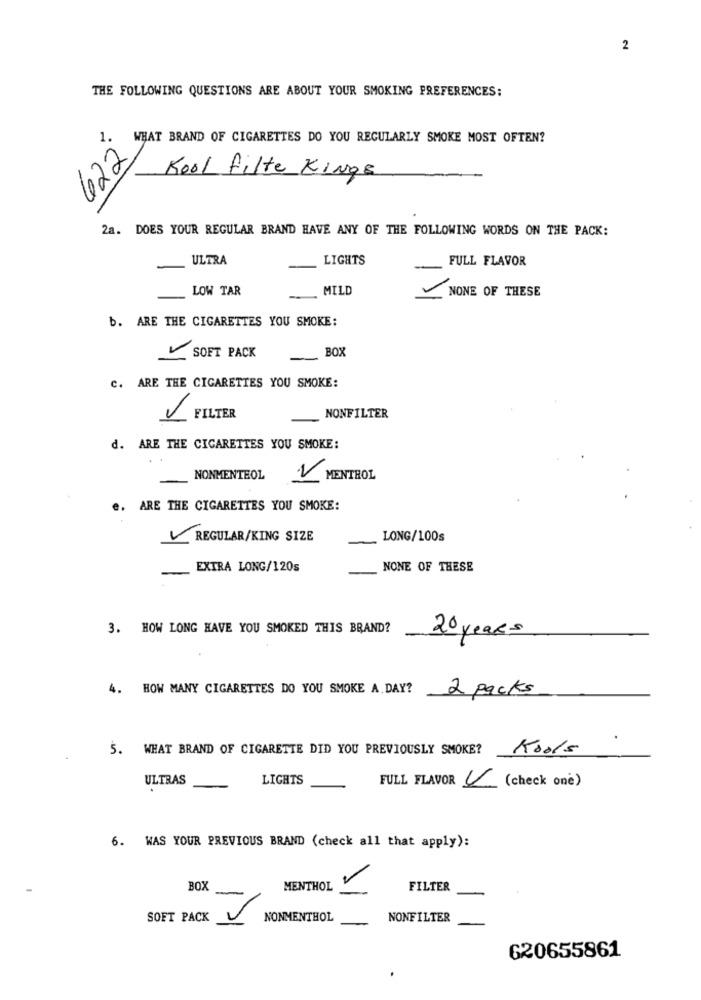
2
THE FOLLOWING QUESTIONS ARE ABOUT YOUR SMOKING PREFERENCES:
1. WHAT BRAND OF CIGARETTES DO YOU REGULARLY SMOKE MOST OFTEN?
622
Kool filte KiNge
2a. DOES YOUR REGULAR BRAND HAVE ANY OF THE FOLLOWING WORDS ON THE PACK:
ULTRA
LIGHTS
FULL FLAVOR
-
-
LOW TAR
MILD
NONE OF THESE
b. ARE THE CIGARETTES YOU SMOKE:
BOX
SOFT PACK
c. ARE THE CIGARETTES YOU SMOKE:
FILTER
NONFILTER
d. ARE THE CIGARETTES YOU SMOKE:
NONMENTEOL
MENTHOL
e. ARE THE CIGARETTES YOU SMOKE:
V
REGULAR/KING SIZE
LONG/100s
-
EXTRA LONG/120s
NONE OF THESE
3. HOW LONG HAVE YOU SMOKED THIS BRAND?
20 years
4. HOW MANY CIGARETTES DO YOU SMOKE A. DAY?
2 packs
5. WHAT BRAND OF CIGARETTE DID YOU PREVIOUSLY SMOKE?
Kools
ULTRAS
LIGHTS
FULL FLAVOR 4 (check one)
6. WAS YOUR PREVIOUS BRAND (check all that apply):
BOX
MENTHOL
FILTER
SOFT PACK
NONMENTHOL
NONFILTER
620655861